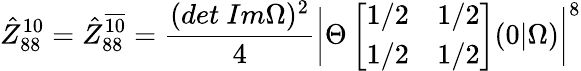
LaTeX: \hat{Z}_{88}^{10}=\hat{Z}_{88}^{\overline{{{10}}}}=\frac{(det\ Im\Omega)^{2}}{4}\biggl\vert\Theta\left[\begin{array}{ll}{{1/2}}&{{1/2}}\\ {{1/2}}&{{1/2}}\end{array}\right](0\vert\Omega)\biggr\vert^{8}